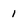
Character: 1